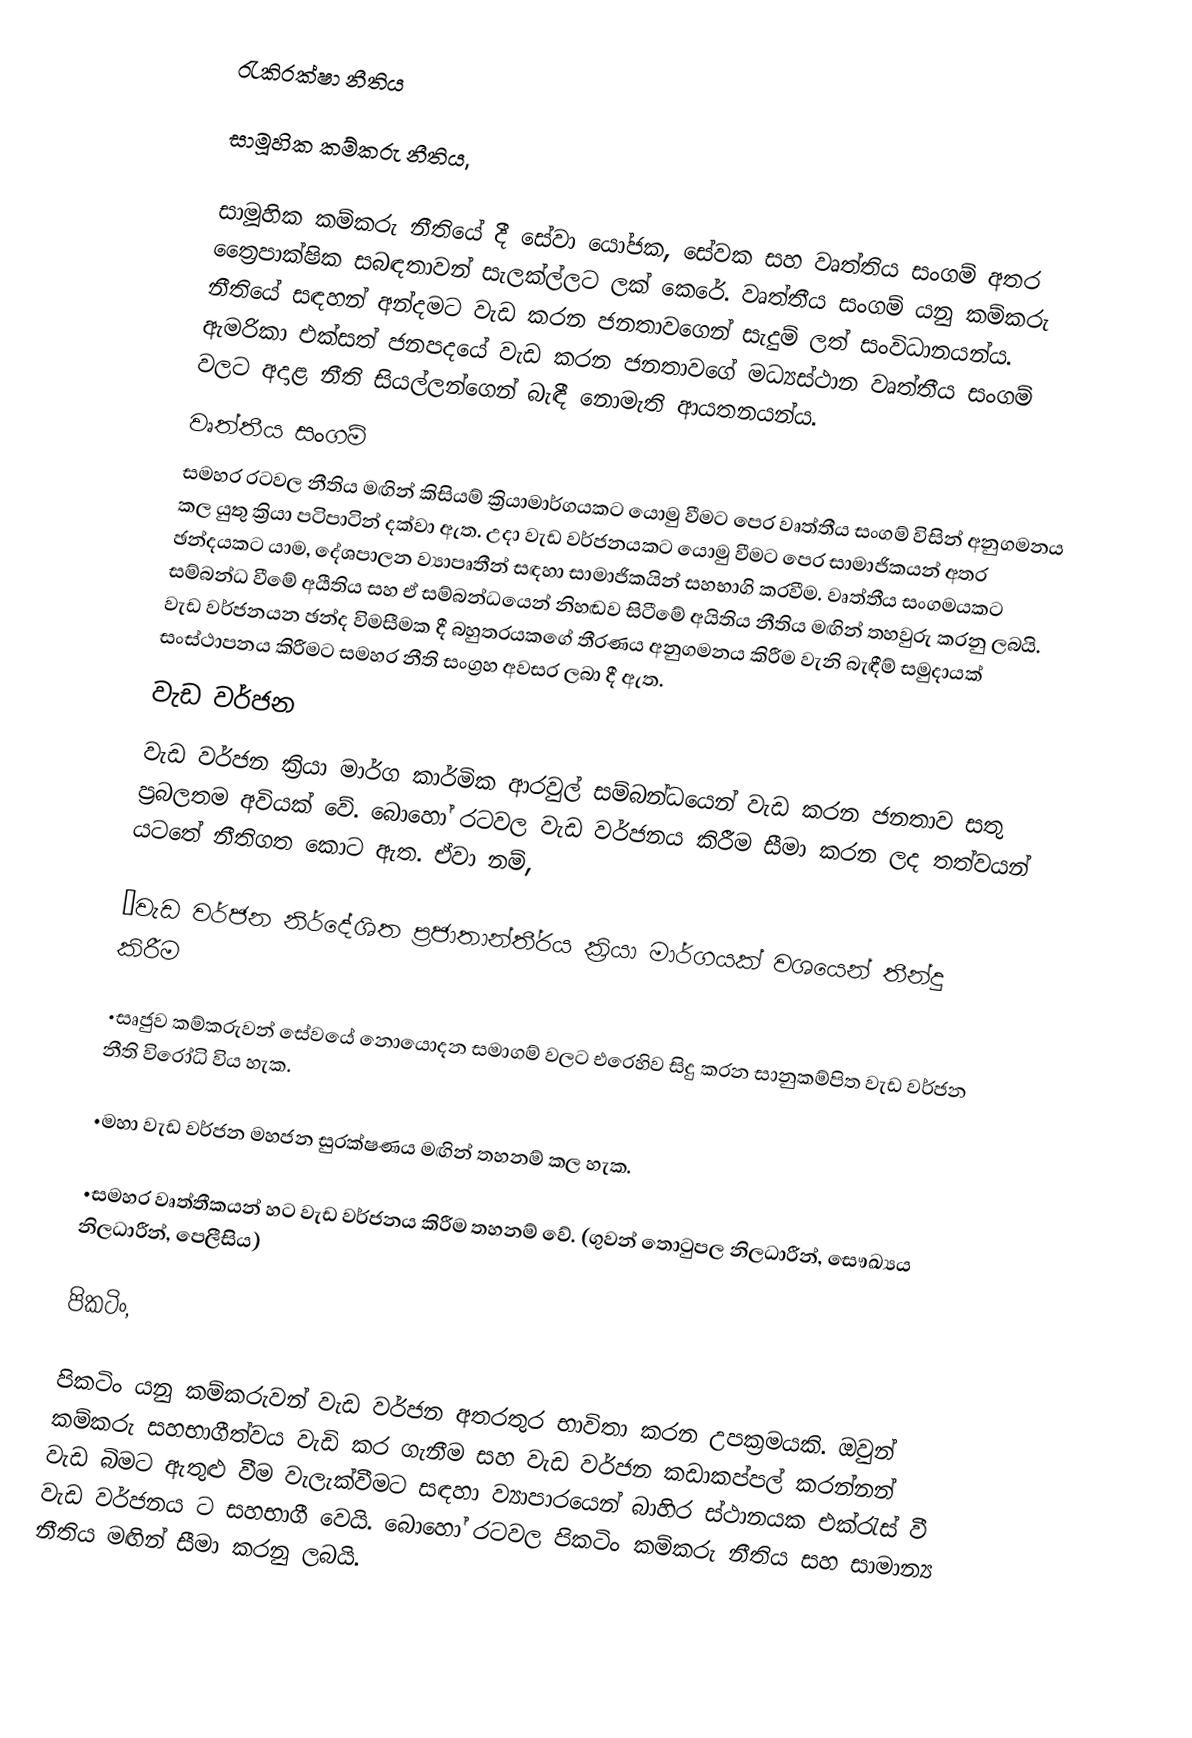
රැකිරක්ෂා නීතිය

සාමූහික කම්කරු නීතිය,

සාමූහික කම්කරු නීතියේ දී සේවා යෝජක, සේවක සහ වෘත්තිය සංගම් අතර ත්‍රෛපාක්ෂික සබඳතාවන් සැලක්ල්ලට ලක් කෙරේ. වෘත්තීය සංගම් යනු කම්කරු නීතියේ සඳහන් අන්දමට වැඩ කරන ජනතාවගෙන් සැදුම් ලත් සංවිධානයන්ය. ඇමරිකා එක්සත් ජනපදයේ වැඩ කරන ජනතාවගේ මධ්‍යස්ථාන වෘත්තීය සංගම් වලට අදාළ නීති සියල්ලන්ගෙන් බැඳී නොමැති ආයතනයන්ය.
වෘත්තීය සංගම්
සමහර රටවල නීතිය මඟින් කිසියම් ක්‍රියාමාර්ගයකට යොමු වීමට පෙර වෘත්තීය සංගම් විසින් අනුගමනය කල යුතු ක්‍රියා පටිපාටින් දක්වා ඇත. උදා වැඩ වර්ජනයකට යොමු වීමට පෙර සාමාජිකයන් අතර ඡන්දයකට යාම, දේශපාලන ව්‍යාපෘතීන් සඳහා සාමාජිකයින් සහභාගි කරවීම.  වෘත්තීය සංගමයකට සම්බන්ධ වීමේ අයීතිය සහ ඒ සම්බන්ධයෙන් නිහඬව සිටීමේ අයිතිය නීතිය මඟින් තහවුරු කරනු ලබයි. වැඩ වර්ජනයන ඡන්ද විමසීමක දී බහුතරයකගේ තීරණය අනුගමනය කිරීම  වැනි බැඳීම් සමුදායක් සංස්ථාපනය කිරීමට සමහර නීති සංග්‍රහ අවසර ලබා දී ඇත.
වැඩ වර්ජන
වැඩ වර්ජන ක්‍රියා මාර්ග කාර්මික ආරවුල් සම්බන්ධයෙන් වැඩ කරන ජනතාව සතු ප්‍රබලතම අවියක් වේ. බොහෝ රටවල වැඩ වර්ජනය කිරීම සීමා කරන ලද තත්වයන් යටතේ නීතිගත කොට ඇත. ඒවා නම්,

•වැඩ වර්ජන නිර්දේශිත ප්‍රජාතාන්තී්‍රය ක්‍රියා මාර්ගයක් වශයෙන් තීන්දු කිරීම

•සෘජුව කම්කරුවන් සේවයේ නොයොදන සමාගම් වලට එරෙහිව සිදු කරන සානුකම්පිත වැඩ වර්ජන නීති විරෝධි විය හැක.

•මහා වැඩ වර්ජන මහජන සුරක්ෂණය මඟින් තහනම් කල හැක.

•සමහර වෘත්තීකයන් හට වැඩ වර්ජනය කිරීම තහනම් වේ. (ගුවන් තොටුපල නිලධාරීන්, සෞඛ්‍යය නිලධාරීන්, පෙලීසිය)

පිකටිං,

පිකටිං යනු කම්කරුවන් වැඩ වර්ජන අතරතුර භාවිතා කරන උපක්‍රමයකි. ඔවුන් කම්කරු සහභාගීත්වය වැඩි කර ගැනීම සහ වැඩ වර්ජන කඩාකප්පල් කරන්නන් වැඩ බිමට ඇතුළු වීම වැලැක්වීමට සඳහා ව්‍යාපාරයෙන් බාහිර ස්ථානයක එක්රැස් වී වැඩ වර්ජනය ට සහභාගී වෙයි. බොහෝ රටවල පිකටිං කම්කරු නීතිය සහ සාමාන්‍ය නීතිය මඟින් සීමා කරනු ලබයි.